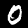
Digit: 0